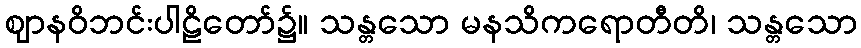
ဈာနဝိဘင်းပါဠိတော်၌။ သန္တသော မနသိကရောတီတိ၊ သန္တသော